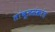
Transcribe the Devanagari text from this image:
तांबूलसंक्रांत